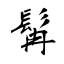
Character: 髯